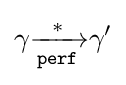
\gamma {\xrightarrow[{\mathtt {perf}}]{*}}\gamma '